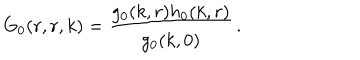
LaTeX: G _ { 0 } ( r , r , k ) = \frac { g _ { 0 } ( k , r ) h _ { 0 } ( k , r ) } { g _ { 0 } ( k , 0 ) } \, .